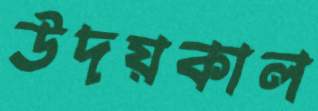
উদয়কাল